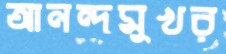
আনন্দমুখর